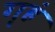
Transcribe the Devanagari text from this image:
गृहं